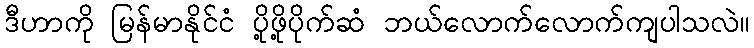
ဒီဟာကို မြန်မာနိုင်ငံ ပို့ဖို့ပိုက်ဆံ ဘယ်လောက်လောက်ကျပါသလဲ။